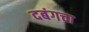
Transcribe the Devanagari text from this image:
दबंगचा